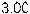
3.00